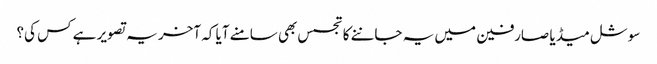
سوشل میڈیا صارفین میں یہ جاننے کا تجسس بھی سامنے آیا کہ آخر یہ تصویر ہے کس کی؟